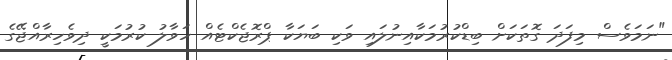
"ނަމަވެސް މިފަދަ ގޮތަކަށް ބިޑްކުރުމަކާއިނުލައި ވަކި ބަޔަކާ ޕްރޮޖެކްޓެއް ހަވާލު ކުރުމަކީ ދިވެހިރާއްޖޭގެ